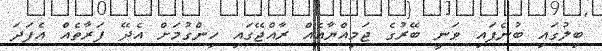
ބިލުގައި ބުނެފައި ވަނީ ބޭރުގެ ޖަމިއްޔާއެއް ރާއްޖޭގައި ހިންގުމަށް އެދޭ ފަރާތެއް އެފަދަ